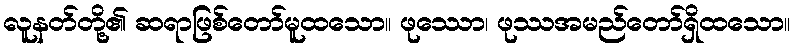
လူနတ်တို့၏ ဆရာဖြစ်တော်မူထသော။ ဖုဿော၊ ဖုဿအမည်တော်ရှိထသော။